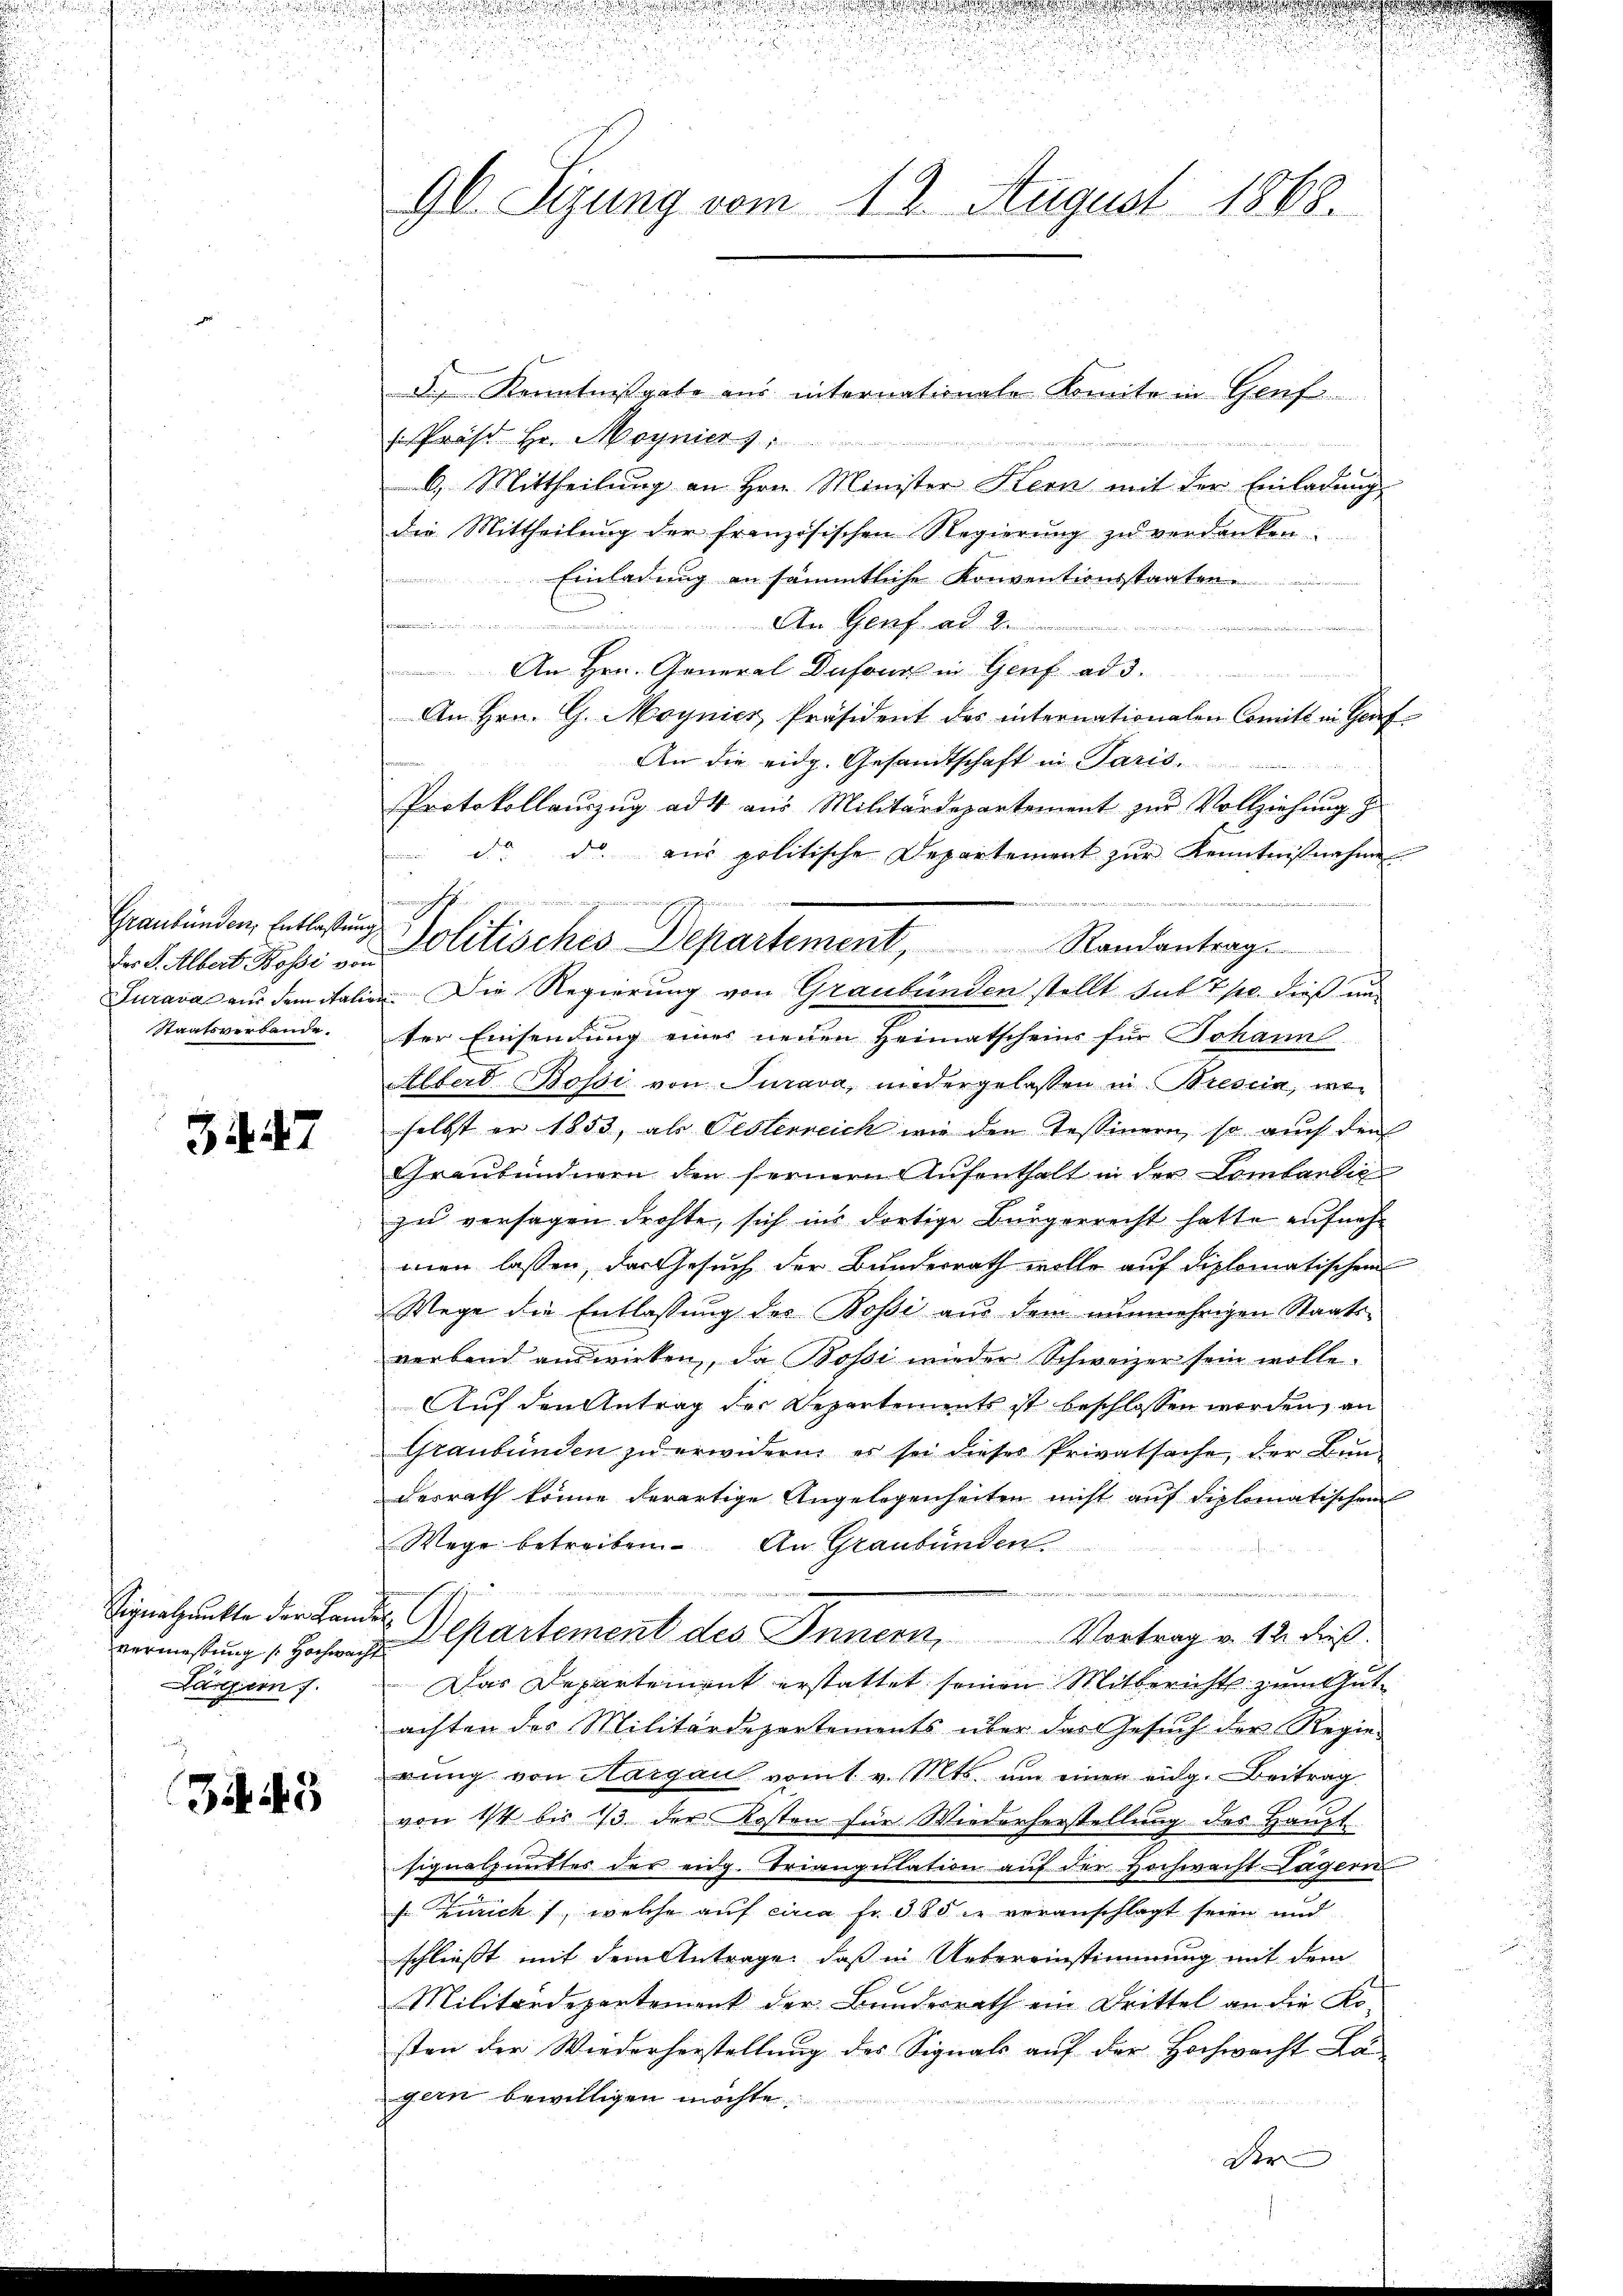
Der S. Albert Bossi von
Staatsverbande.

3447

Signalpunkte der Lan
vermessung (: Hochwar
Lanzern

345

90. Sizung vom 12. August 1868.

de Kenntnißgabe aus internationale Komite in Genf
 Präst Hr. Maynier

6.) Mittheilung an Hrn. Minister Hern mit der Einladung
die Mittheilung der französischen Regierŭng zŭ verdanken.
Einladung an sämmtliche Konventionsstaaten

G
u
An Hrn. General Dufour in Genf ad 3.

u
An Hrn. G. Moynies Präsident des internationalen Comité in Graf
An die eidg. Gesandtschaft in Paris.
Protokollaŭszŭg ad 4 aus Militärdepartement zŭr Vollziehŭng z
d. d. aŭs politische Departement zŭr Kenntniβnahme
dierten
Jurava aus dem italien. Die Regierung von Graubünden stellt sub 7 p. dieß unter Einsendung eines neuen Heimatscheins für Johann
Albert Bossi von Turava, nidergelassen in Bresein, weselbst er 1853, als Oesterreich wie den Tessinern, so auch den
Graubündnern den fernern Aŭfenthalt in der Lombarlic
zu versagen drohte, sich ins dortige Bürgerrecht hatte aufneh
men lassen, das Gesuch der Bundesrath wolle auf diplomatischen
Wege die Entlassung des Bossi aus dem nunmehrigen Staats-
verband auswirken, da Bossi wieder Schweizer sein wolle.
Auf den Antrag der Departements ist beschlossen worden, an
Graubünden zu erwidern, es sei dieses Privatsache, der Bundesrath könne derartige Angelegenheiten nicht auf diplomatischen
Wege betreiben. An Graubünden
.

lkartement des Innern, Vortrag v. 12. dieß.
Das Departement erstattet seinen Mitberichts zum Gutachten des Militärdepartements über das Gesuch der Regie-
rŭng von Aargau vom 1. v. Mts. um einen eidg. Beitrag
von 1/4 bis 13 der Kosten für Wiederherstellung des Haupt
signalpunktes der eidg. Triangulation auf der Hochwacht Lägern
f Züricht, welche auf circa Fr. 385 l. veranschlagt seien und
schliesst mit dem Antrage, daß in Uebereinstimmung mit dem
Militärdepartement der Bundesrath ein Drittel an die Ko
sten der Wiederherstellung des Signals auf der Hochwacht Lägern bewilligen möchte
Der

h

Graubünden Entlastung Politisches Departement, Randantrag.

e
.